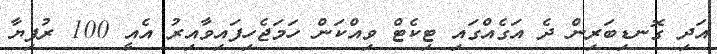
އަދި ގޮނޑިބަރިން ދެ އަގެއްގައި ޓިކެޓް ވިއްކަން ހަމަޖެހިފައިވާއިރު އެއީ 100 ރުފިޔާ